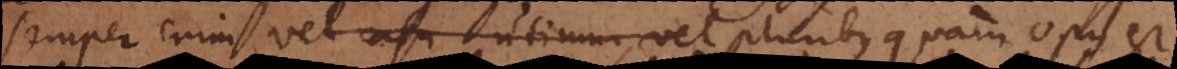
semper enim vel casu utimur, vel pluribus quam opus est